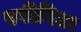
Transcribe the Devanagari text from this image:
स्पीरिटः